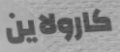
كارولاين